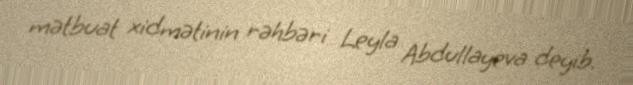
mətbuat xidmətinin rəhbəri Leyla Abdullayeva deyib.